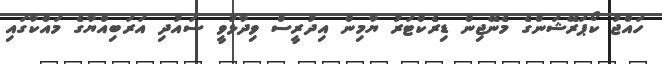
ހައްޖު ކޯޕަރޭޝަންގެ މެނޭޖިން ޑިރެކްޓަރު ޔާމިން އިދުރީސް ވިދާޅުވީ ސައުދި އަރަބިއްޔާގެ މައްކާގައި